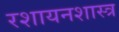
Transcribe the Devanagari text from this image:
रशायनशास्त्र